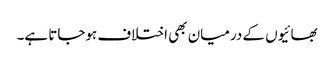
بھائیوں کے درمیان بھی اختلاف ہوجاتا ہے۔